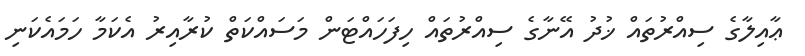
ޢާއިލާގެ ސިއްރުތައް ޚުދު އޭނާގެ ސިއްރުތައް ހިފަހައްޓަން މަސައްކަތް ކުރާއިރު އެކަމާ ހަމައެކަނި